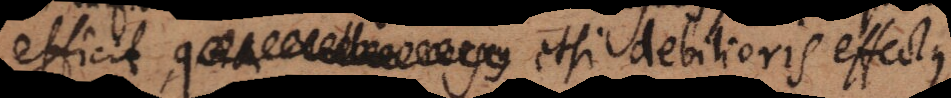
corpus etsi debilioris effectus